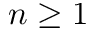
n \ge 1